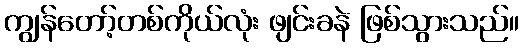
ကျွန်တော့်တစ်ကိုယ်လုံး ဖျင်းခနဲ ဖြစ်သွားသည်။